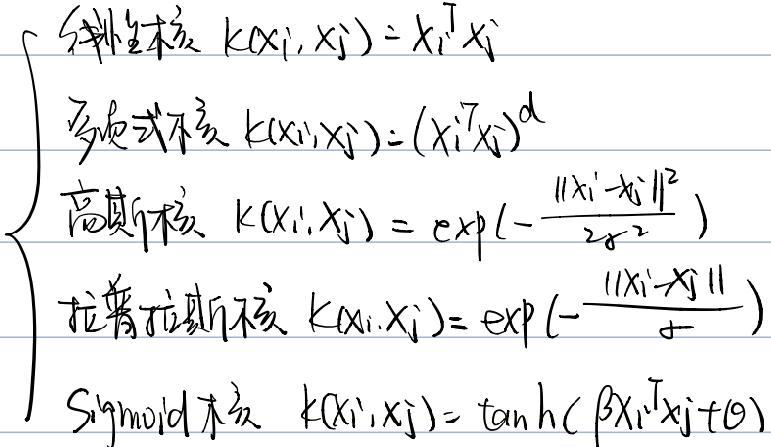
\begin{cases}
\text{线性核}\(  k(x_i, x_j) = x_i^T x_j \)\\
\text{多项式核}\(  k(x_i, x_j) = (x_i^T x_j)^d \)\\
\text{高斯核}\(  k(x_i, x_j) = \exp(-\frac{\|x_i - x_j\|^2}{2\sigma^2}) \)\\
\text{拉普拉斯核}\(  k(x_i, x_j) = \exp(-\frac{\|x_i - x_j\|}{\sigma}) \)\\
Sigmoid\text{核}\(  k(x_i, x_j) = \tanh(\beta x_i^T x_j + \theta)\)\\
\end{cases}